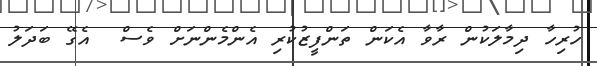
ހުރިހާ ދިމާލަކުން ރާވާ އެކަން ތަންފީޒުކުރި އެންމެންނަށް ވެސް  އެގޭ ބަދަލު